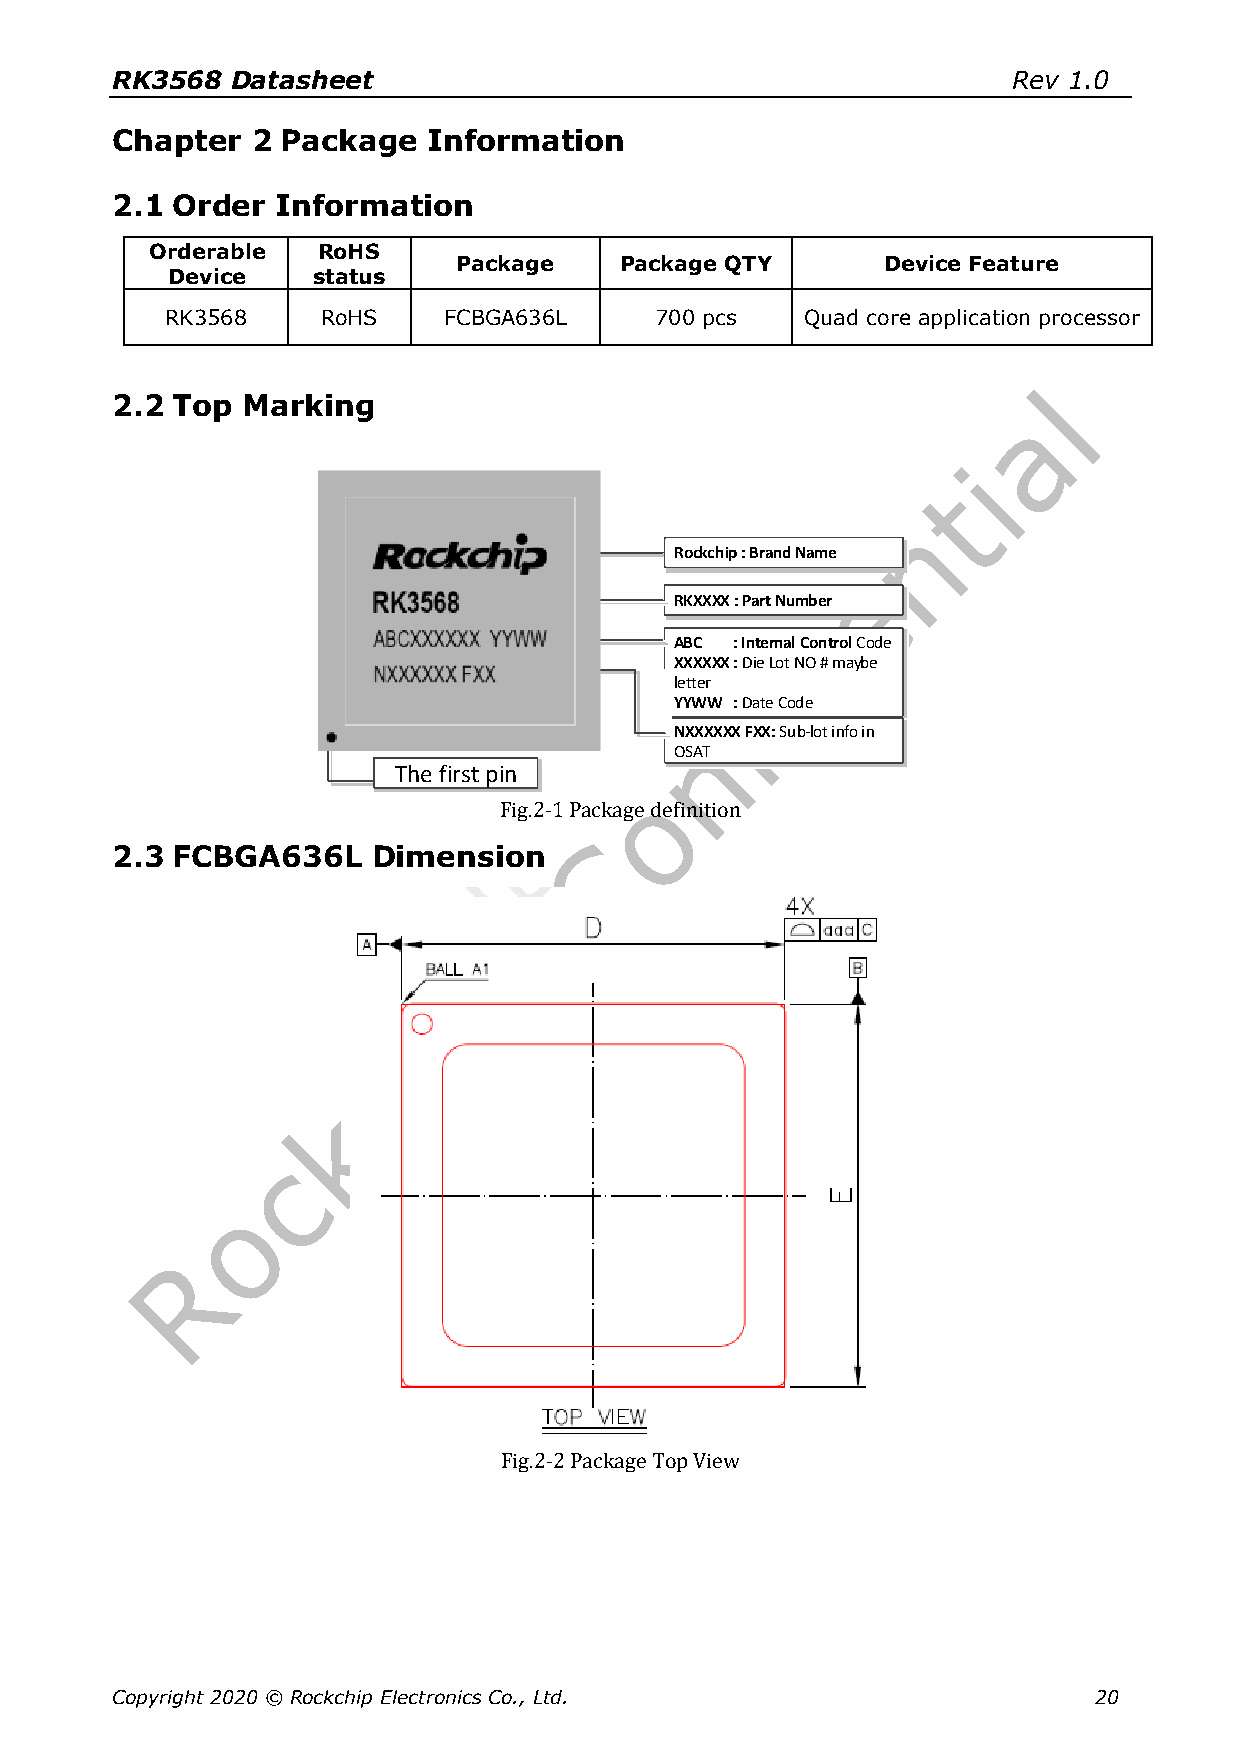
RK3568  Datasheet                                           Rev 1.0
 Chapter   2 Package  Information
 2.1 Order  Information
 Orderable  RoHS
 Package    Package QTY       Device Feature
 Device    status
 RK3568    RoHS    FCBGA636L     700 pcs   Quad core application processor
 2.2 Top  Marking
 Fig.2-1 Package definition
 2.3 FCBGA636L     Dimension
 Fig.2-2 Package Top View
 Copyright 2020 © Rockchip Electronics Co., Ltd.                  20
 T h e f ir s t p in
 R
 R
 AXleY
 NO
 o c k c h ip : B r a n d N a m e
 K X X X X : P a r t N u m b e r
 B C : In te rn a l C o n tr o l C o d eX
 X X X X : D ie L o t N O # m a y b e
 tt e rY
 W W : D a te C o d e
 X X X X X X F X X : S u b -lo t in fo in
 S A T